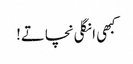
کبھی انگلی نچاتے!